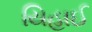
યિહાઈ